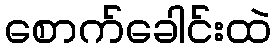
စောက်ခေါင်းထဲ